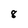
Character: 8